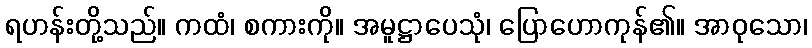
ရဟန်းတို့သည်။ ကထံ၊ စကားကို။ အမူဋ္ဌာပေသုံ၊ ပြောဟောကုန်၏။ အာဝုသော၊